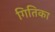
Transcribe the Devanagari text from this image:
गितिका